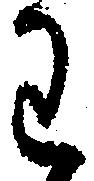
わ